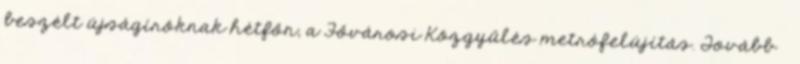
beszélt újságíróknak hétfőn, a Fővárosi Közgyűlés metrófelújítás. Tovább ›